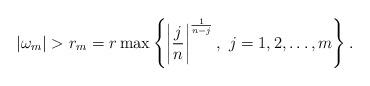
LaTeX: \begin{align*}|\omega_m|> r_m=r\max\left\{\left|\frac{j}{n}\right|^{\frac{1}{n-j}}, \,\,j=1,2,\dots,m\right\}.\end{align*}